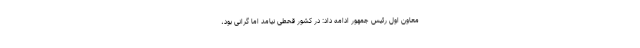
معاون اول رئیس جمهور ادامه داد: در کشور قحطی نیامد اما گرانی بود،